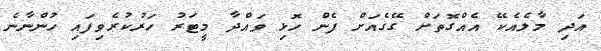
އަދި މާލެއެކޭ އެއްގޮތަށް ގޭގެއަށް ފެން ހޮޅި ވައްދާ މީޓަރު ހަރުކުރެވިފައި ހުންނާނެ